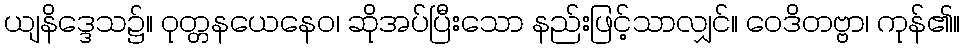
ယျနိဒ္ဒေသ၌။ ဝုတ္တနယေနေဝ၊ ဆိုအပ်ပြီးသော နည်းဖြင့်သာလျှင်။ ဝေဒိတဗ္ဗာ၊ ကုန်၏။